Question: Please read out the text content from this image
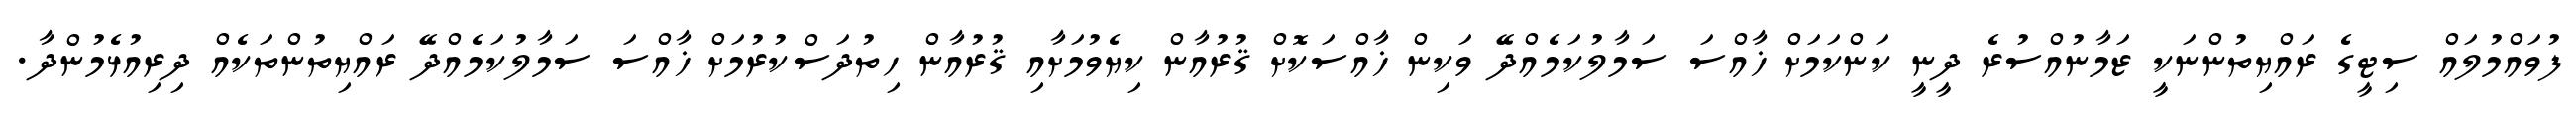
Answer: ފުވައްމުލައް ސިޓީގެ ރައްޔިތުންނަކީ ޒަމާނުއްސުރެ ދީނީ ކަންކަމަށް ޚާއްސަ ސަމާލުކަމެއްދޭ ވަކިން ޚާއްސަކޮށް ޤުރުއާން ކިޔެވުމަށާއި ޤުރުއާން ހިތުދަސްކުރުމަށް ޚާއްސަ ސަމާލުކަމެއްދޭ ރައްޔިތުންތަކެއް ދިރިއުޅެމުންދާ.